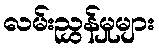
လမ်းညွှန်မှုများ